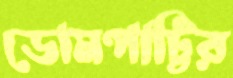
ডোমপাট্টির